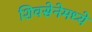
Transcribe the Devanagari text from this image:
शिवसेनेमध्ये